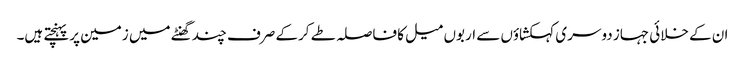
ان کے خلائی جہاز دوسری کہکشاؤں سے اربوں میل کا فاصلہ طے کرکے صرف چند گھنٹے میں زمین پر پہنچتے ہیں۔